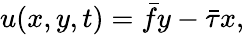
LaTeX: {u}(x,y,t)=\bar{f}y-\bar{\tau}x,